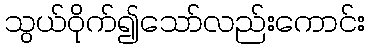
သွယ်ဝိုက်၍သော်လည်းကောင်း